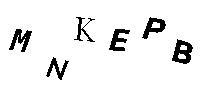
MNKEPB